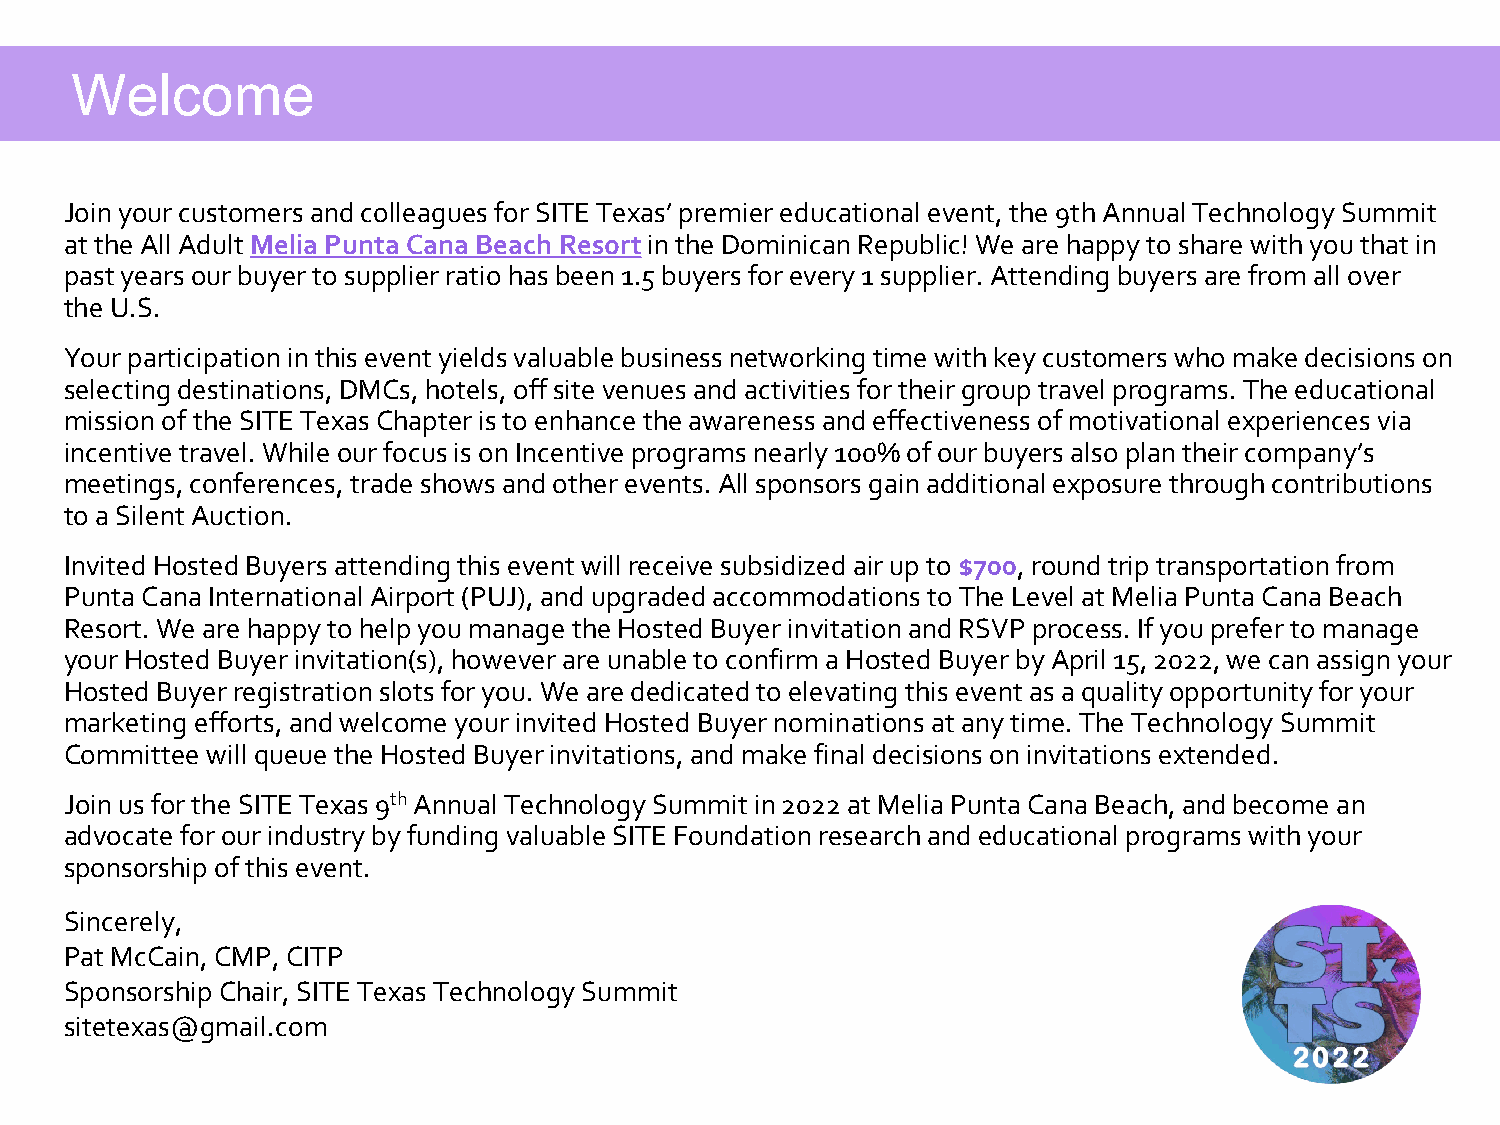
Welcome
 Join your customers and colleagues for SITE Texas’ premier educational event, the 9th Annual Technology Summit
 at the All Adult Melia Punta Cana Beach Resortin the Dominican Republic! We are happy to share with you that in
 past years our buyer to supplier ratio has been 1.5 buyers for every 1 supplier. Attending buyers are from all over
 the U.S.
 Your participation in this event yields valuable business networking time with key customers who make decisions on
 selecting destinations, DMCs, hotels, off site venues and activities for their group travel programs. The educational
 mission of the SITE Texas Chapter is to enhance the awareness and effectiveness of motivational experiences via
 incentive travel. While our focus is on Incentive programs nearly 100% of our buyers also plan their company’s
 meetings, conferences, trade shows and other events. All sponsors gain additional exposure through contributions
 to a Silent Auction.
 Invited Hosted Buyers attending this event will receive subsidized air up to $700, round trip transportation from
 Punta Cana International Airport (PUJ), and upgraded accommodations to The Level at Melia Punta Cana Beach
 Resort. We are happy to help you manage the Hosted Buyer invitation and RSVP process. If you prefer to manage
 your Hosted Buyer invitation(s), however are unable to confirm a Hosted Buyer by April 15, 2022, we can assign your
 Hosted Buyer registration slots for you. We are dedicated to elevating this event as a quality opportunity for your
 marketing efforts, and welcome your invited Hosted Buyer nominations at any time. The Technology Summit
 Committee will queue the Hosted Buyer invitations, and make final decisions on invitations extended.
 Join us for the SITE Texas 9thAnnual Technology Summit in 2022 at Melia Punta Cana Beach, and become an
 advocate for our industry by funding valuable SITE Foundation research and educational programs with your
 sponsorship of this event.
 Sincerely,
 Pat McCain, CMP, CITP
 Sponsorship Chair, SITE Texas Technology Summit
 sitetexas@gmail.com